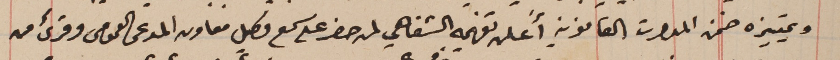
وتمييزه ضمن المدات القانونيه أَعلن تفهمه الشفاهي لمن حضر على سمع وكيل معاون المدعى العمومى وقرىء من